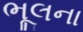
ભૂલના